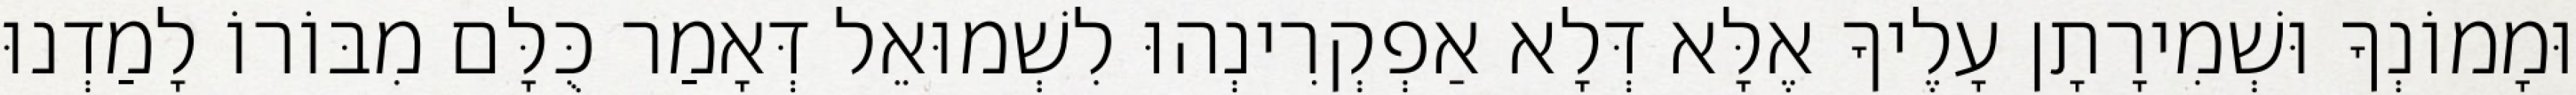
וּמָמוֹנְךָ וּשְׁמִירָתָן עָלֶיךָ אֶלָּא דְּלָא אַפְקְרִינְהוּ לִשְׁמוּאֵל דְּאָמַר כֻּלָּם מִבּוֹרוֹ לָמַדְנוּ